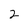
Character: 2